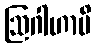
ဩဂါဟာပိ